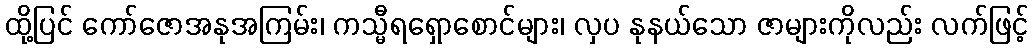
ထို့ပြင် ကော်ဇောအနုအကြမ်း၊ ကသ္မီရရှောစောင်များ၊ လှပ နုနယ်သော ဇာများကိုလည်း လက်ဖြင့်